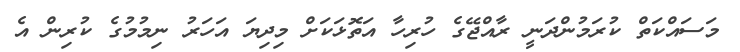
މަސައްކަތް ކުރަމުންދަނީ ރާއްޖޭގެ ހުރިހާ އަތޮޅަކަށް މިދިޔަ އަހަރު ނިމުމުގެ ކުރިން އެ